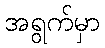
အရွက်မှာ